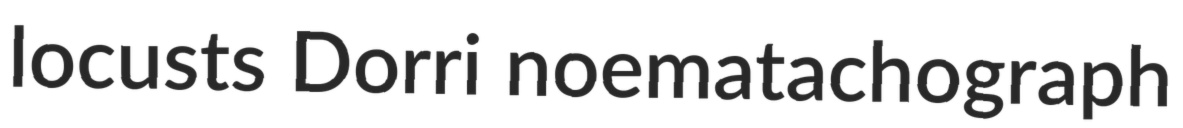
locusts Dorri noematachograph